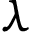
\lambda